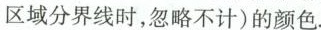
区域分界线时，忽略不计）的颜色.